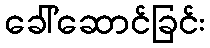
ခေါ်ဆောင်ခြင်း